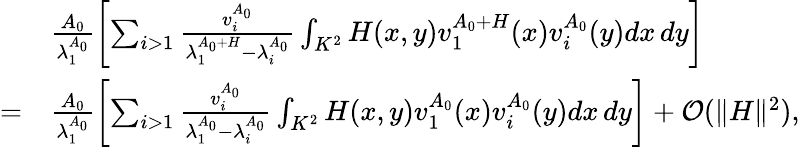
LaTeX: \begin{array}{rl}&{\frac{A_{0}}{\lambda_{1}^{A_{0}}}\left[\sum_{i>1}\frac{v_{i}^{A_{0}}}{\lambda_{1}^{A_{0}+H}-\lambda_{i}^{A_{0}}}\int_{K^{2}}H(x,y)v_{1}^{A_{0}+H}(x)v_{i}^{A_{0}}(y)dx\, dy\right]}\\ {=}&{\frac{A_{0}}{\lambda_{1}^{A_{0}}}\left[\sum_{i>1}\frac{v_{i}^{A_{0}}}{\lambda_{1}^{A_{0}}-\lambda_{i}^{A_{0}}}\int_{K^{2}}H(x,y)v_{1}^{A_{0}}(x)v_{i}^{A_{0}}(y)dx\, dy\right]+\mathcal{O}(\| H\| ^{2}),}\end{array}